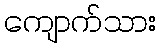
ကျောက်သား